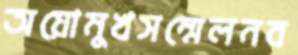
অয়োমুখসম্মেলনব